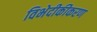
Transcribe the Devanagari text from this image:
विभेदीकीकरण